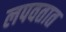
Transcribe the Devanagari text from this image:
लपवतात